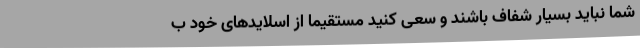
شما نباید بسیار شفاف باشند و سعی کنید مستقیماً از اسلایدهای خود ب